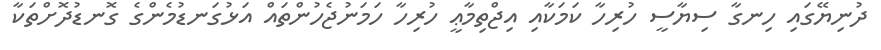
ދުނިޔޭގައި ހިނގާ ސިޔާސީ ހުރިހާ ކަމަކާއި އިޖްތިމާޢީ ހުރިހާ ހަމަނުޖެހުންތައް އަޅުގަނޑުމެންގެ ގޮނޑުދޮށްތަކާ